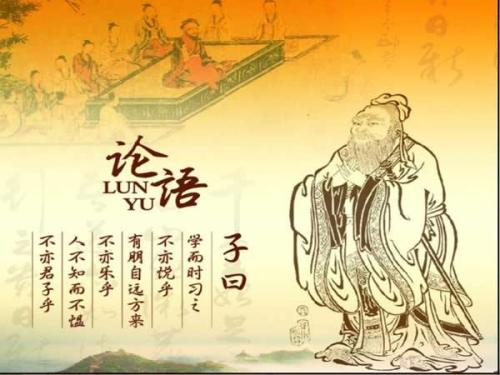
君子耻其言而过其行。